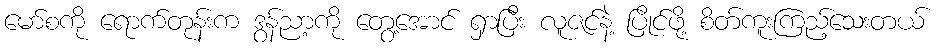
မော်စကို ရောက်တုန်းက ဒွန်ညာ့ကို တွေ့အောင် ရှာပြီး လူဇင်နဲ့ ပြိုင်ဖို့ စိတ်ကူးကြည့်သေးတယ်